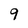
Character: 9